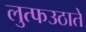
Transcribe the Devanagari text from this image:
लुत्फउठाते